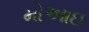
મોઆઇ